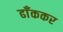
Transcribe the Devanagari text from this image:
ढाँककर